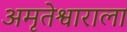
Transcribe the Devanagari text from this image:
अमृतेश्वाराला